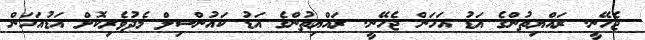
ޖެހޭނީ. ރައްޔިތުންގެ އަޑު އަހަން ޖެހޭނީ. ރައްޔިތުންގެ އަޑު ކައުންސިލް މެދުވެރިކޮށް އަޑުއަހަން